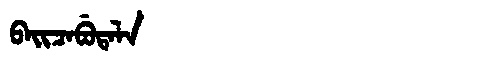
Manchu: ᠪᠠᡳᠴᠠᠪᡠᡨᠠᠯᠠ
Romanization: BAICABUTALA